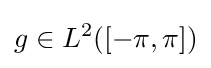
g\in L^{2}([-\pi ,\pi ])